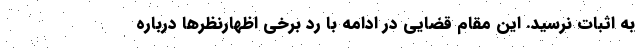
به اثبات نرسید. این مقام قضایی در ادامه با رد برخی اظهارنظرها درباره